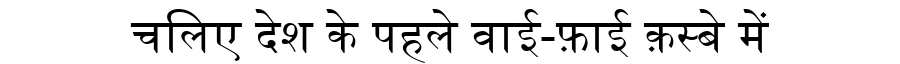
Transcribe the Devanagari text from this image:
चलिए देश के पहले वाई-फ़ाई क़स्बे में